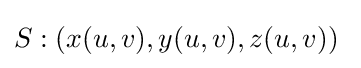
S:(x(u,v),y(u,v),z(u,v))\